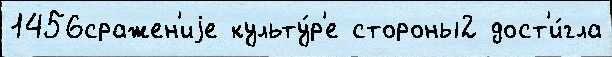
1456сражен'иjе культу́р'е стороны2 дост'и́гла